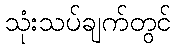
သုံးသပ်ချက်တွင်